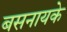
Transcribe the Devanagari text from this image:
बसनायके